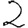
Digit: 2